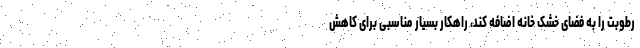
رطوبت را به فضای خشک خانه اضافه کند، راهکار بسیار مناسبی برای کاهش